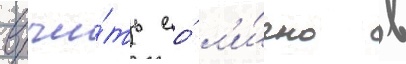
вручи́ть ео́ л'и́чно в